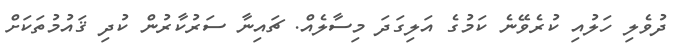
ދުވެލި ހަލުއި ކުރެވޭނެ ކަމުގެ އަލިގަދަ މިސާލެއް. ޗައިނާ ސަރުކާރުން ކުދި ޤައުމުތަކަށް